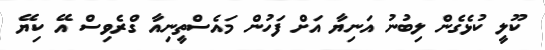
ކޫލީ ކުޅެގެން ލިބުނު އަނިޔާ އަށް ފަހުން މައެސްތީނިއާ ގްރެވިސް އޭ ކިޔޭ